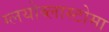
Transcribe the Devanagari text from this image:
ग्लयोब्लास्टोमा